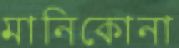
মানিকোনা